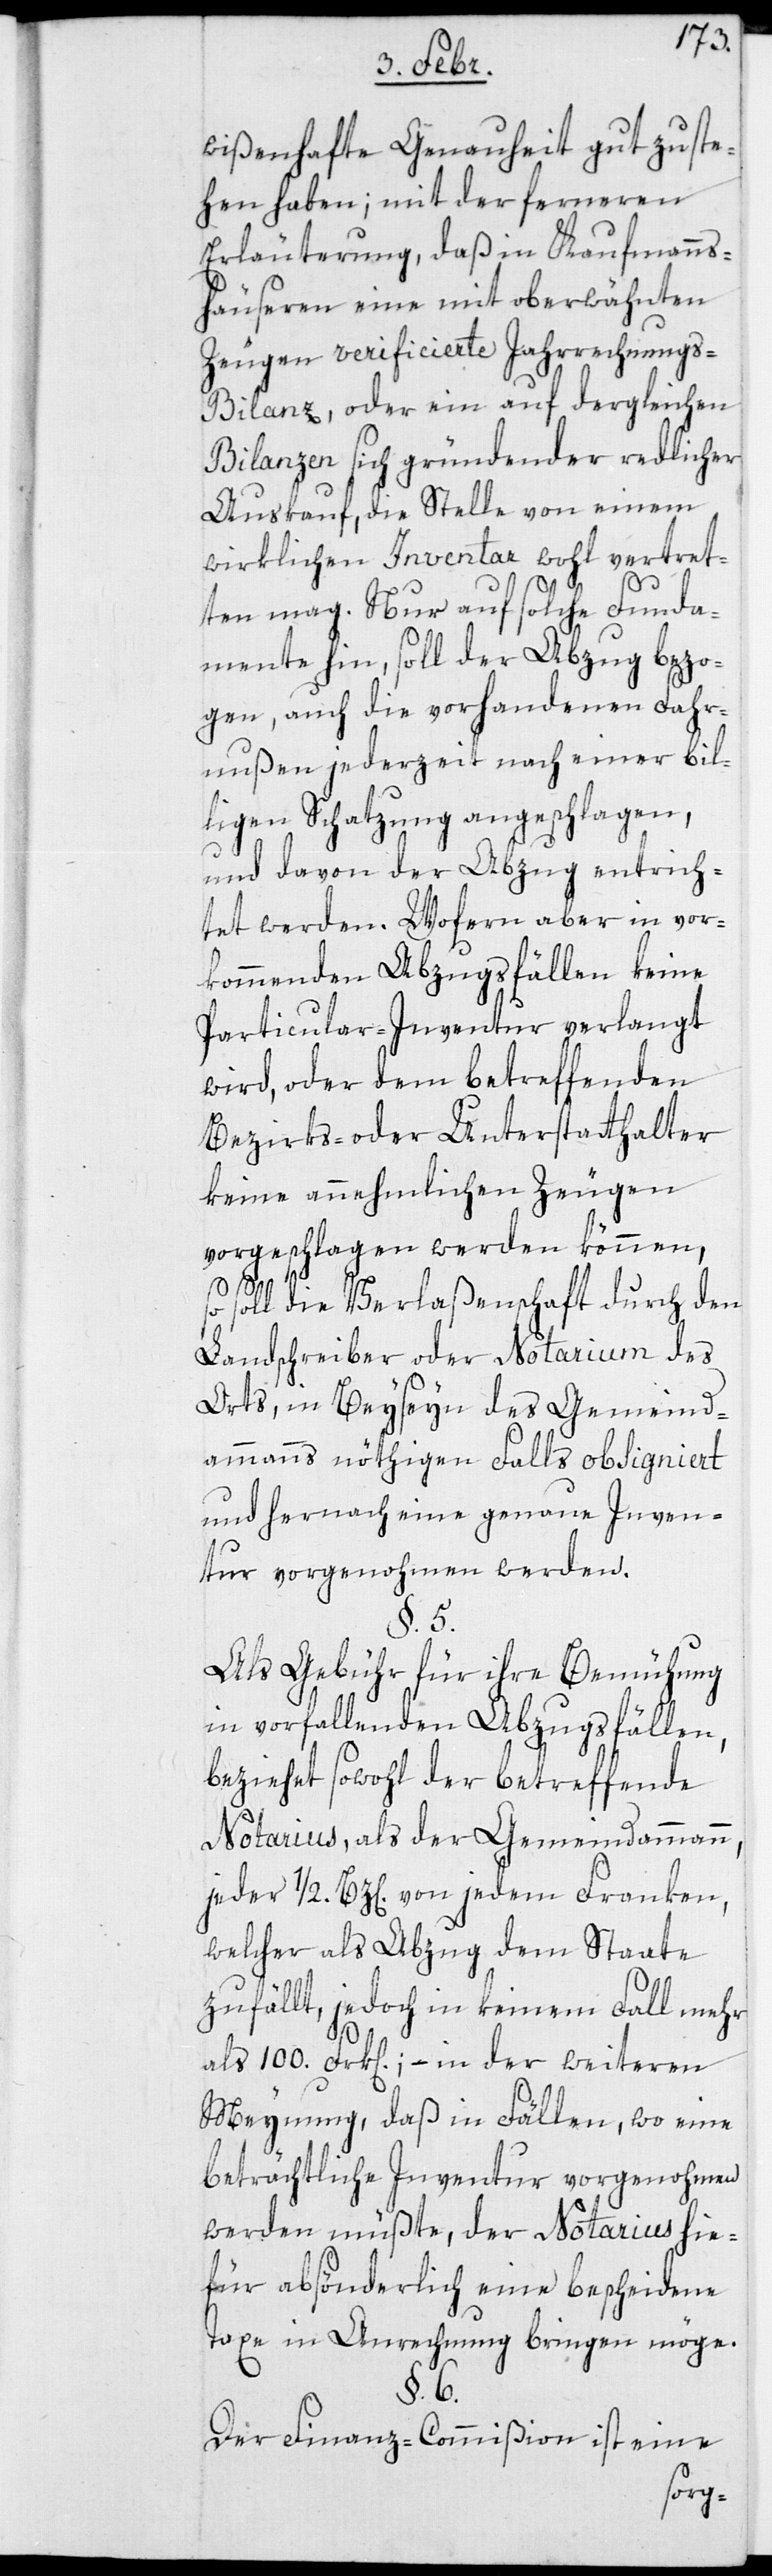
wißenhafte Genauigkeit gut zu ste¬
hen haben; mit der ferneren
Erläuterung, daß in Kaufmanns¬
häuseren eine mit oberwähnten
Zeugen verificierte Jahrsrechnungs-B¬
ilanz, oder ein auf dergleichen
Bilanzen sich gründender redlicher
Auskauf, die Stelle von einem
wirklichen Inventar wohl vertre¬
ten mag. Nur auf solche Funda¬
mente hin, soll der Abzug bezo¬
gen, auch die vorhandenen Fahr¬
nußen jederzeit nach einer bil¬
ligen Schatzung angeschlagen,
und davon der Abzug entrich¬
tet werden. Wofern aber in vor¬
kommenden Abzugsfällen keine
Particular-Inventur verlangt
wird, oder dem betreffenden
Bezirks- oder Unterstatthalter
keine annehmlichen Zeugen
vorgeschlagen werden können,
soll die Verlaßenschaft durch den
Landschreiber oder Notarium des
Orts, in Beysein des Gemeind¬
ammanns nöthigen Falls obsigniert
und hernach eine genaue Inven¬
tur vorgenommen werden.
§. 5.
Als Gebühr für ihre Bemühung
in vorfallenden Abzugsfällen,
beziehet sowohl der betreffende
Notarius, als der Gemeindammann,
jeder ½ Bz[en]. von jedem Franken,
welcher als Abzug dem Staate
zufällt, jedoch in keinem Fall mehr
als 100 Frk[en].; – in der weiteren
Meynung, daß in Fällen, wo eine
beträchtliche Inventur vorgenohmen
werden müßte, der Notarius hie¬
für absönderlich eine bescheidene
Taxe in Anrechnung bringen möge.
§. 6.
Der Finanz-Commißion ist eine